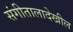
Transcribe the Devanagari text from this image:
संगीतालादेखील